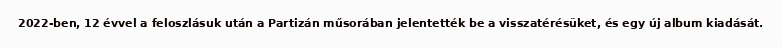
2022-ben, 12 évvel a feloszlásuk után a Partizán műsorában jelentették be a visszatérésüket, és egy új album kiadását.